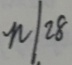
n \vert 2 8